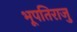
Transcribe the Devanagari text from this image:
भूपतिराजु